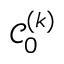
\mathcal { C } _ { 0 } ^ { ( k ) }